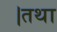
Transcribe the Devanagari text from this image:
।तथा